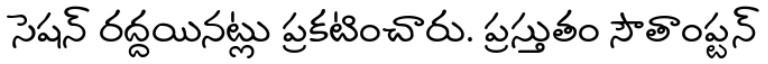
సెషన్ రద్దయినట్లు ప్రకటించారు. ప్రస్తుతం సౌతాంప్టన్